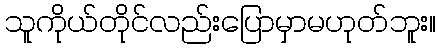
သူကိုယ်တိုင်လည်းပြောမှာမဟုတ်ဘူး။